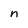
Character: n